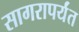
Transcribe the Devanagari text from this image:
सागरापर्यंत